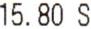
15.80 S